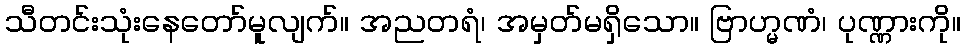
သီတင်းသုံးနေတော်မူလျက်။ အညတရံ၊ အမှတ်မရှိသော။ ဗြာဟ္မဏံ၊ ပုဏ္ဏားကို။